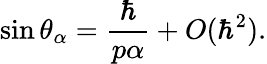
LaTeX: \sin\theta_{\alpha}=\frac{\hbar}{p\alpha}+O(\hbar^{2}).